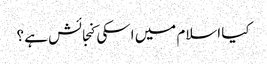
کیا اسلام میں اسکی کنجائش ہے ؟